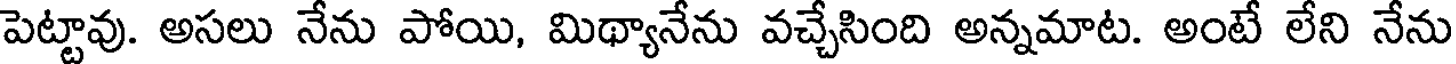
పెట్టావు. అసలు నేను పోయి, మిథ్యానేను వచ్చేసింది అన్నమాట. అంటే లేని నేను